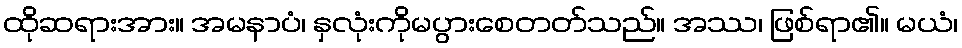
ထိုဆရားအား။ အမနာပံ၊ နှလုံးကိုမပွားစေတတ်သည်။ အဿ၊ ဖြစ်ရာ၏။ မယံ၊